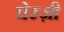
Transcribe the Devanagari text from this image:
घेरज़ी